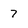
Character: 7